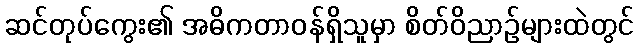
ဆင်တုပ်ကွေး၏ အဓိကတာဝန်ရှိသူမှာ စိတ်ဝိညာဉ်များထဲတွင်